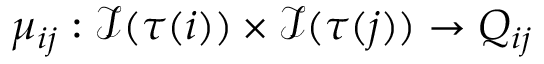
\mu _ { i j } : \mathcal { I } ( \tau ( i ) ) \times \mathcal { I } ( \tau ( j ) ) \rightarrow Q _ { i j }